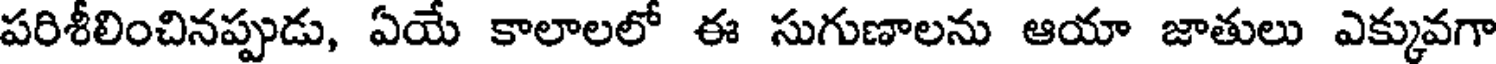
పరిశీలించినప్పుడు, ఏయే కాలాలలో ఈ సుగుణాలను ఆయా జాతులు ఎక్కువగా